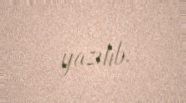
yazılıb.